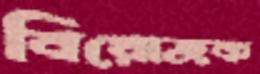
বিয়োজক